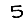
Digit: 5